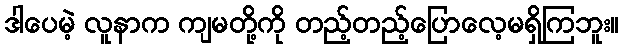
ဒါပေမဲ့ လူနာက ကျမတို့ကို တည့်တည့်ပြောလေ့မရှိကြဘူး။